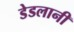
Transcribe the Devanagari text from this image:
डेडलानी